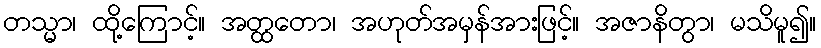
တသ္မာ၊ ထို့ကြောင့်။ အတ္ထတော၊ အဟုတ်အမှန်အားဖြင့်။ အဇာနိတွာ၊ မသိမူ၍။